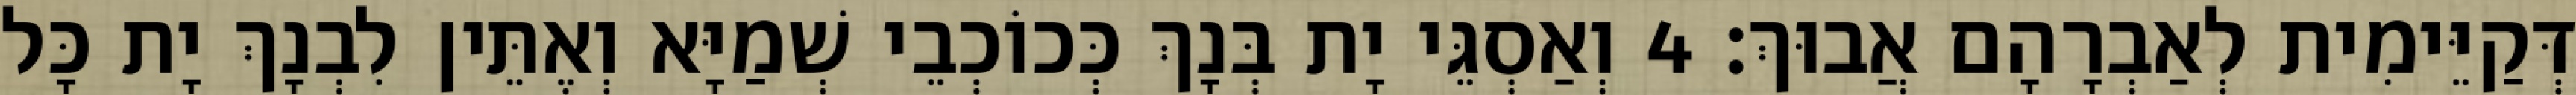
דְּקַיֵּימִית לְאַבְרָהָם אֲבוּךְ׃ 4 וְאַסְגֵּי יָת בְּנָךְ כְּכוֹכְבֵי שְׁמַיָּא וְאֶתֵּין לִבְנָךְ יָת כָּל